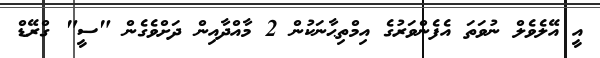
އީ އޭލެވެލް ނުވަތަ އެފެންވަރުގެ އިމްތިޙާނަކުން 2 މާއްދާއިން ދަށްވެގެން "ސީ" ގްރޭޑް